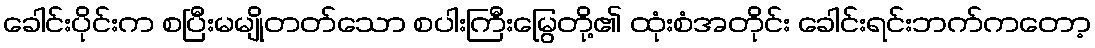
ခေါင်းပိုင်းက စပြီးမမျိုတတ်သော စပါးကြီးမြွေတို့၏ ထုံးစံအတိုင်း ခေါင်းရင်းဘက်ကတော့